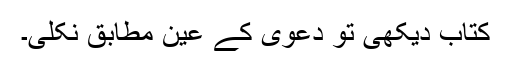
کتاب دیکھی تو دعوی کے عین مطابق نکلی۔